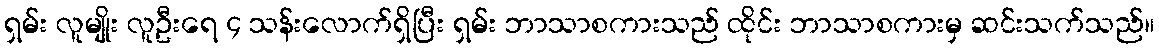
ရှမ်း လူမျိုး လူဦးရေ ၄ သန်းလောက်ရှိပြီး ရှမ်း ဘာသာစကားသည် ထိုင်း ဘာသာစကားမှ ဆင်းသက်သည်။